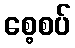
စေ့စပ်